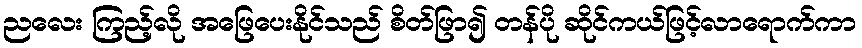
ညလေး ကြည့်လို အဖြေပေးနိုင်သည် စိတ်ဖြာ၍ တန်ပို ဆိုင်ကယ်ဖြင့်လာရောက်ကာ